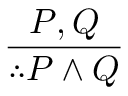
\frac { P , Q } { \therefore P \land Q }